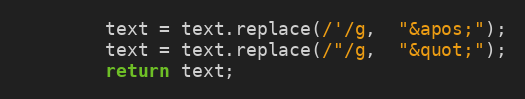
Language: JavaScript
        text = text.replace(/'/g,  "&apos;");
        text = text.replace(/"/g,  "&quot;");
        return text;